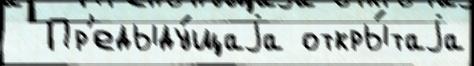
  Пр'едыду́щаjа откры́таjа